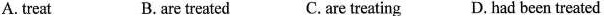
A.treat B.are treated C.are treating D.Had been treated